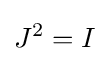
J^{2}=I